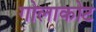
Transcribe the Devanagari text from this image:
गोलाकोट